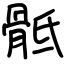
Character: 骶